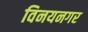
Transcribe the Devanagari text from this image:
विनयनगर